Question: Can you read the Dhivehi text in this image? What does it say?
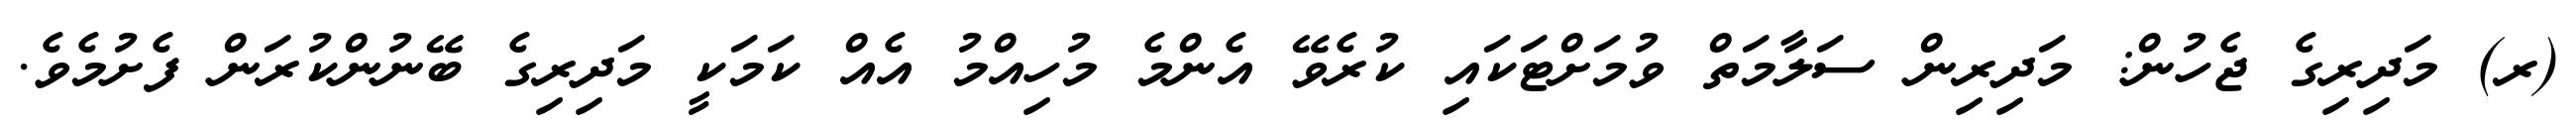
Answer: (ރ) މަދިރިގެ ޖެހުން: މަދިރިން ސަލާމަތް ވުމަށްޓަކައި ކުރެވޭ އެންމެ މުހިއްމު އެއް ކަމަކީ މަދިރިގެ ބޭނުންކުރަން ފެށުމެވެ.